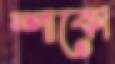
স্পাকো